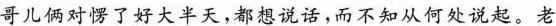
哥儿俩对愣了好大半天，都想说话，而不知从何处说起。老